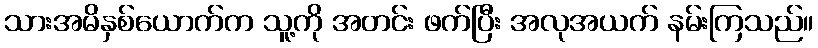
သားအမိနှစ်ယောက်က သူ့ကို အတင်း ဖက်ပြီး အလုအယက် နမ်းကြသည်။